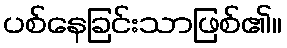
ပစ်နေခြင်းသာဖြစ်၏။